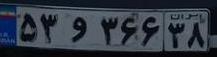
۵۳و۳۶۶۳۸